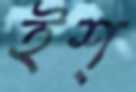
ইশ্